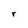
Character: r